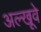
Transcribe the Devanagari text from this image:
अल्खूवे